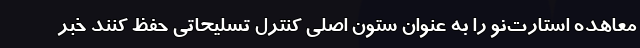
معاهده استارت‌نو را به عنوان ستون اصلی کنترل تسلیحاتی حفظ کنند خبر